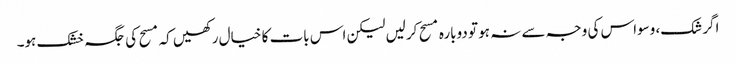
اگر شک، وسواس کی وجہ سے نہ ہو تو دوبارہ مسح کرلیں لیکن اس بات کا خیال رکھیں کہ مسح کی جگہ خشک ہو۔